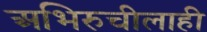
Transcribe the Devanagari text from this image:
अभिरुचीलाही